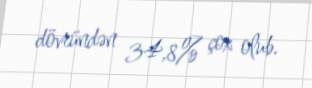
dövründən 34,8% çox olub.